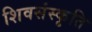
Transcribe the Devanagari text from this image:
शिवसंस्कृति